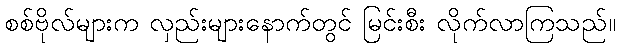
စစ်ဗိုလ်များက လှည်းများနောက်တွင် မြင်းစီး လိုက်လာကြသည်။